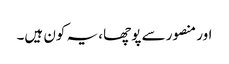
اور منصور سے پوچھا، یہ کون ہیں۔